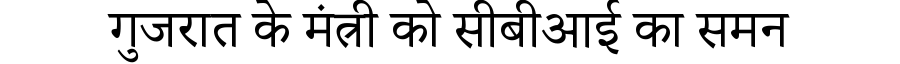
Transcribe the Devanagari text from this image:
गुजरात के मंत्री को सीबीआई का समन